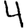
Digit: 4